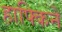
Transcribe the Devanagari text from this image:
हाफ्किने